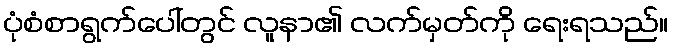
ပုံစံစာရွက်ပေါ်တွင် လူနာ၏ လက်မှတ်ကို ရေးရသည်။